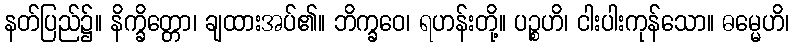
နတ်ပြည်၌။ နိက္ခိတ္တော၊ ချထားအပ်၏။ ဘိက္ခဝေ၊ ရဟန်းတို့။ ပဉ္စဟိ၊ ငါးပါးကုန်သော။ ဓမ္မေဟိ၊